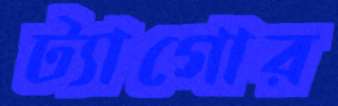
ট্যাগোর